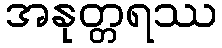
အနုတ္တရဿ